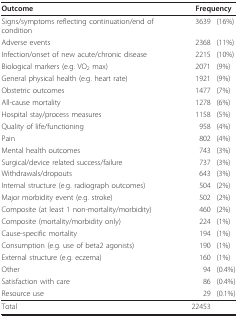
| Outcome | <COLSPAN=2> Frequency |
 | --- | --- | --- |
 | Signs/symptoms reflecting continuation/end of condition | 3639 | (16%) |
 | Adverse events | 2368 | (11%) |
 | Infection/onset of new acute/chronic disease | 2215 | (10%) |
 | Biological markers (e.g. VO2 max) | 2071 | (9%) |
 | General physical health (e.g. heart rate) | 1921 | (9%) |
 | Obstetric outcomes | 1477 | (7%) |
 | All-cause mortality | 1278 | (6%) |
 | Hospital stay/process measures | 1158 | (5%) |
 | Quality of life/functioning | 958 | (4%) |
 | Pain | 802 | (4%) |
 | Mental health outcomes | 743 | (3%) |
 | Surgical/device related success/failure | 737 | (3%) |
 | Withdrawals/dropouts | 643 | (3%) |
 | Internal structure (e.g. radiograph outcomes) | 504 | (2%) |
 | Major morbidity event (e.g. stroke) | 502 | (2%) |
 | Composite (at least 1 non-mortality/morbidity) | 460 | (2%) |
 | Composite (mortality/morbidity only) | 224 | (1%) |
 | Cause-specific mortality | 194 | (1%) |
 | Consumption (e.g. use of beta2 agonists) | 190 | (1%) |
 | External structure (e.g. eczema) | 160 | (1%) |
 | Other | 94 | (0.4%) |
 | Satisfaction with care | 86 | (0.4%) |
 | Resource use | 29 | (0.1%) |
 | Total | 22453 |  |